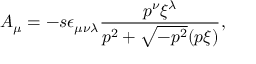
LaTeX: A _ { \mu } = - s \epsilon _ { \mu \nu \lambda } \frac { p ^ { \nu } \xi ^ { \lambda } } { p ^ { 2 } + \sqrt { - p ^ { 2 } } ( p \xi ) } ,